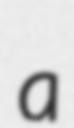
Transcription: a